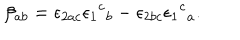
\beta _ { a b } = \epsilon _ { 2 a c } \epsilon { _ 1 } { ^ c } _ { b } - \epsilon _ { 2 b c } \epsilon { _ 1 } { ^ c } _ { a } .